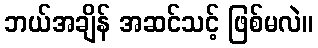
ဘယ်အချိန် အဆင်သင့် ဖြစ်မလဲ။